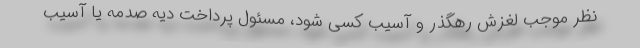
نظر موجب لغزش رهگذر و آسیب کسی شود، مسئول پرداخت دیه صدمه یا آسیب